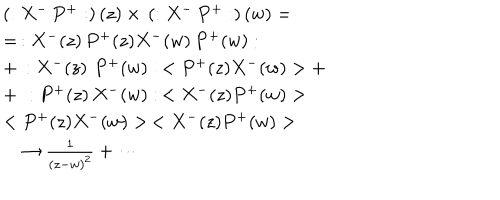
LaTeX: \begin{array} { l } { { \left( : X ^ { - } \, P ^ { + } : \right) ( z ) \times \, \left( : X ^ { - } \, P ^ { + } : \right) ( w ) = } } \\ { { = \, : X ^ { - } ( z ) \, P ^ { + } ( z ) X ^ { - } ( w ) \, P ^ { + } ( w ) : } } \\ { { + \, : X ^ { - } ( z ) \, \, P ^ { + } ( w ) : \, < P ^ { + } ( z ) X ^ { - } ( w ) > + } } \\ { { + \, \, : P ^ { + } ( z ) \, X ^ { - } ( w ) : \, < X ^ { - } ( z ) P ^ { + } ( w ) > } } \\ { { < P ^ { + } ( z ) X ^ { - } ( w ) > \, < X ^ { - } ( z ) P ^ { + } ( w ) > } } \\ { { \quad \rightarrow \frac 1 { \left( z - w \right) ^ { 2 } } + \cdots } } \\ \end{array}